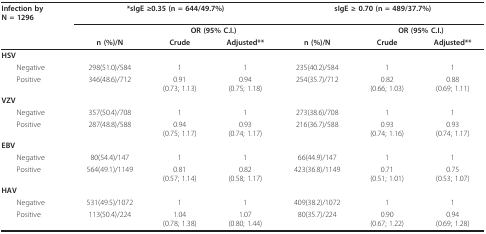
| Infection byN = 1296 | <COLSPAN=3> *sIgE ≥0.35 (n = 644/49.7%) | <COLSPAN=3> sIgE ≥ 0.70 (n = 489/37.7%) |
 |  |  | <COLSPAN=2> OR (95% C.I.) |  | <COLSPAN=2> OR (95% C.I.) |
 |  | n (%)/N | Crude | Adjusted** | n (%)/N | Crude | Adjusted** |
 | --- | --- | --- | --- | --- | --- | --- |
 | HSV |  |  |  |  |  |  |
 | Negative | 298(51.0)/584 | 1 | 1 | 235(40.2)/584 | 1 | 1 |
 | Positive | 346(48.6)/712 | 0.91(0.73; 1.13) | 0.94(0.75; 1.18) | 254(35.7)/712 | 0.82(0.66; 1.03) | 0.88(0.69; 1.11) |
 | VZV |  |  |  |  |  |  |
 | Negative | 357(50.4)/708 | 1 | 1 | 273(38.6)/708 | 1 | 1 |
 | Positive | 287(48.8)/588 | 0.94(0.75; 1.17) | 0.93(0.74; 1.17) | 216(36.7)/588 | 0.93(0.74; 1.16) | 0.93(0.74; 1.17) |
 | EBV |  |  |  |  |  |  |
 | Negative | 80(54.4)/147 | 1 | 1 | 66(44.9)/147 | 1 | 1 |
 | Positive | 564(49.1)/1149 | 0.81(0.57; 1.14) | 0.82(0.58; 1.17) | 423(36.8)/1149 | 0.71(0.51; 1.01) | 0.75(0.53; 1.07) |
 | HAV |  |  |  |  |  |  |
 | Negative | 531(49.5)/1072 | 1 | 1 | 409(38.2)/1072 | 1 | 1 |
 | Positive | 113(50.4)/224 | 1.04(0.78; 1.38) | 1.07(0.80; 1.44) | 80(35.7)/224 | 0.90(0.67; 1.22) | 0.94(0.69; 1.28) |